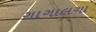
ગાગાલગા